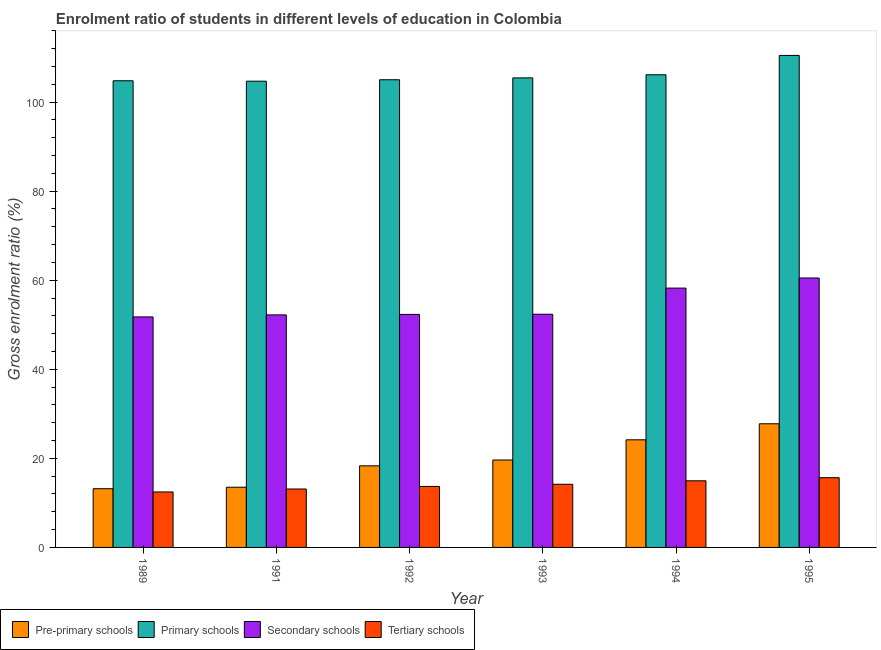
| Year | Pre-primary schools | Primary schools | Secondary schools | Tertiary schools |
 | --- | --- | --- | --- | --- |
 | 1989 | 13.2 | 105 | 51.8 | 12.5 |
 | 1991 | 13.5 | 105 | 52.2 | 13.1 |
 | 1992 | 18.3 | 105 | 52.3 | 13.7 |
 | 1993 | 19.6 | 105 | 52.4 | 14.2 |
 | 1994 | 24.2 | 106 | 58.2 | 15 |
 | 1995 | 27.8 | 110 | 60.5 | 15.7 |